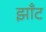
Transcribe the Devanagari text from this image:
झाँट